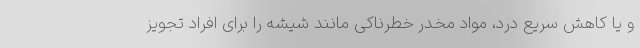
و یا کاهش سریع درد، مواد مخدر خطرناکی مانند شیشه را برای افراد تجویز